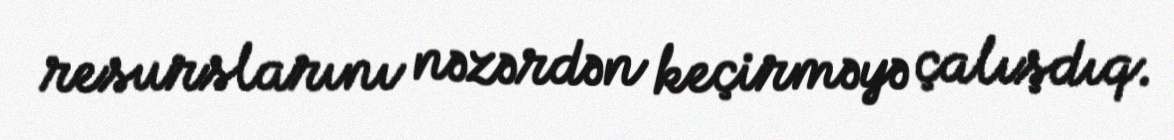
resurslarını nəzərdən keçirməyə çalışdıq.